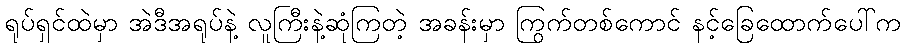
ရုပ်ရှင်ထဲမှာ အဲဒီအရုပ်နဲ့ လူကြီးနဲ့ဆုံကြတဲ့ အခန်းမှာ ကြွက်တစ်ကောင် နင့်ခြေထောက်ပေါ်က